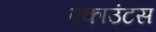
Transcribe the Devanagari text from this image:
एकाउंटस